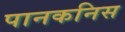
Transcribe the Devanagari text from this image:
पानकनिस